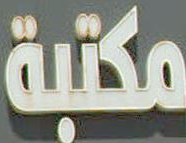
مكتبة